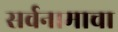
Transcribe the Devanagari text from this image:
सर्वनामाचा